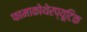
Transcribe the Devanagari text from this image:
फामाकोथेरप्यूटिक